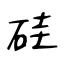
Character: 硅